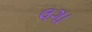
લગા